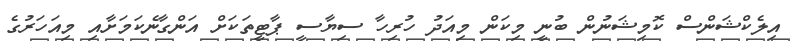
އިލެކްޝަންސް ކޮމިޝަނުން ބުނީ މިކަން މިއަދު ހުރިހާ ސިޔާސީ ޕާޓީތަކަށް އަންގާނެކަމަށާއި މިއަހަރުގެ